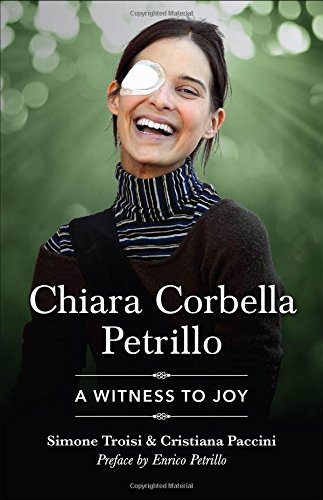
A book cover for Chiara Corbella Petrillo; Simone Troisi; Biographies & Memoirs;